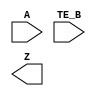
module sky130_fd_sc_hs__ebufn (
    A   ,
    TE_B,
    Z
);

    input  A   ;
    input  TE_B;
    output Z   ;

    // Voltage supply signals
    supply1 VPWR;
    supply0 VGND;

endmodule